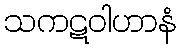
သကဋဝါဟာနံ